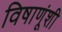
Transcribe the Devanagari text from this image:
विषाणूंशी